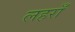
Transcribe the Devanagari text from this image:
लहराँ